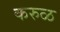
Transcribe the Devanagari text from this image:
करुळ